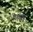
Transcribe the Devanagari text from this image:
पश्यन्